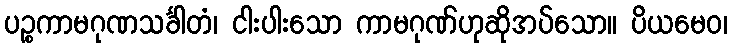
ပဉ္စကာမဂုဏသင်္ခါတံ၊ ငါးပါးသော ကာမဂုဏ်ဟုဆိုအပ်သော။ ပိယမေဝ၊